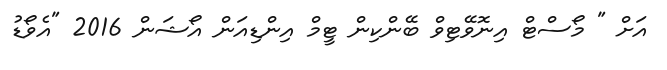
އަށް " މޯސްޓް އިނޮވޭޓިވް ބޭންކިން ޓީމް އިންޑިއަން އޯޝަން 2016 "އެވޯޑު